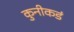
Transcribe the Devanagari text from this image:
कुनीकडं